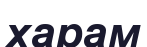
харам